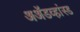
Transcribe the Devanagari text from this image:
अॲडव्हांस्ड